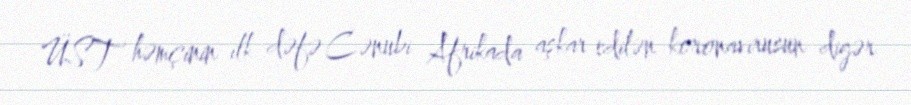
ÜST həmçinin ilk dəfə Cənubi Afrikada aşkar edilən koronavirusun digər